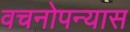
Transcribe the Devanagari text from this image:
वचनोपन्यास